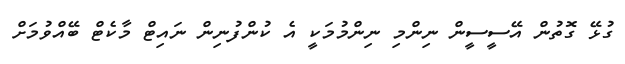
ގުޅޭ ގޮތުން އޭސީސީން ނިންމި ނިންމުމަކީ އެ ކުންފުނިން ނައިޓް މާކެޓް ބޭއްވުމަށް